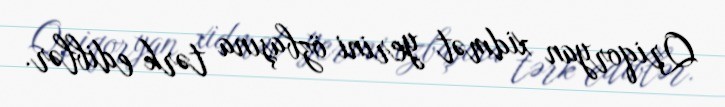
Qriqoryan xidmət yerini özbaşına tərk ediblər.